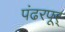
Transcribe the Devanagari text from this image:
पंढरपूर्